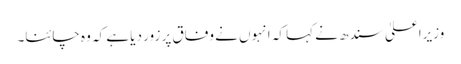
وزیراعلیٰ سندھ نے کہا کہ انہوں نے وفاق پر زور دیا ہے کہ وہ چائنا۔